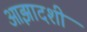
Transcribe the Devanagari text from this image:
आझादशी